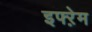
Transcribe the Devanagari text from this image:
इफ्ऱेम